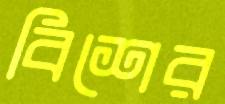
বিশের